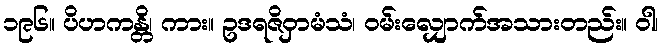
၁၉၆။ ပိဟကန္တိ၊ ကား။ ဥဒရဇိဝှာမံသံ၊ ဝမ်းလျှောက်အသားတည်း။ ဝါ၊